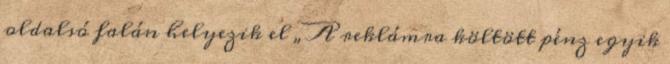
oldalsó falán helyezik el „A reklámra költött pénz egyik